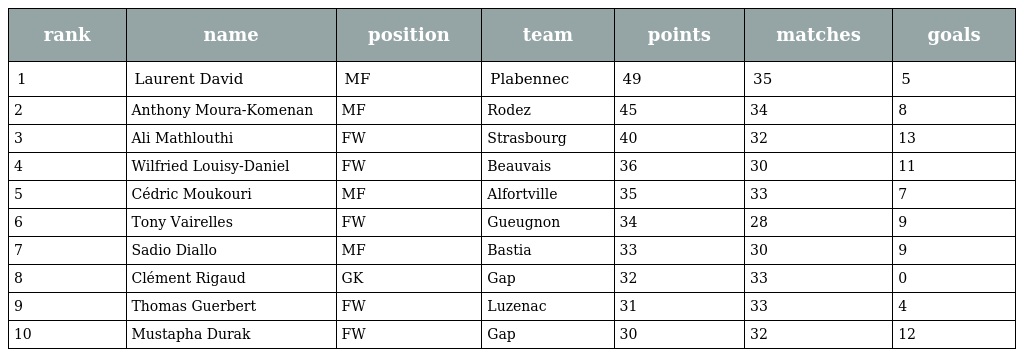
| rank | name | position | team | points | matches | goals |
 | --- | --- | --- | --- | --- | --- | --- |
 | 1 | Laurent David | MF | Plabennec | 49 | 35 | 5 |
 | 2 | Anthony Moura-Komenan | MF | Rodez | 45 | 34 | 8 |
 | 3 | Ali Mathlouthi | FW | Strasbourg | 40 | 32 | 13 |
 | 4 | Wilfried Louisy-Daniel | FW | Beauvais | 36 | 30 | 11 |
 | 5 | Cédric Moukouri | MF | Alfortville | 35 | 33 | 7 |
 | 6 | Tony Vairelles | FW | Gueugnon | 34 | 28 | 9 |
 | 7 | Sadio Diallo | MF | Bastia | 33 | 30 | 9 |
 | 8 | Clément Rigaud | GK | Gap | 32 | 33 | 0 |
 | 9 | Thomas Guerbert | FW | Luzenac | 31 | 33 | 4 |
 | 10 | Mustapha Durak | FW | Gap | 30 | 32 | 12 |